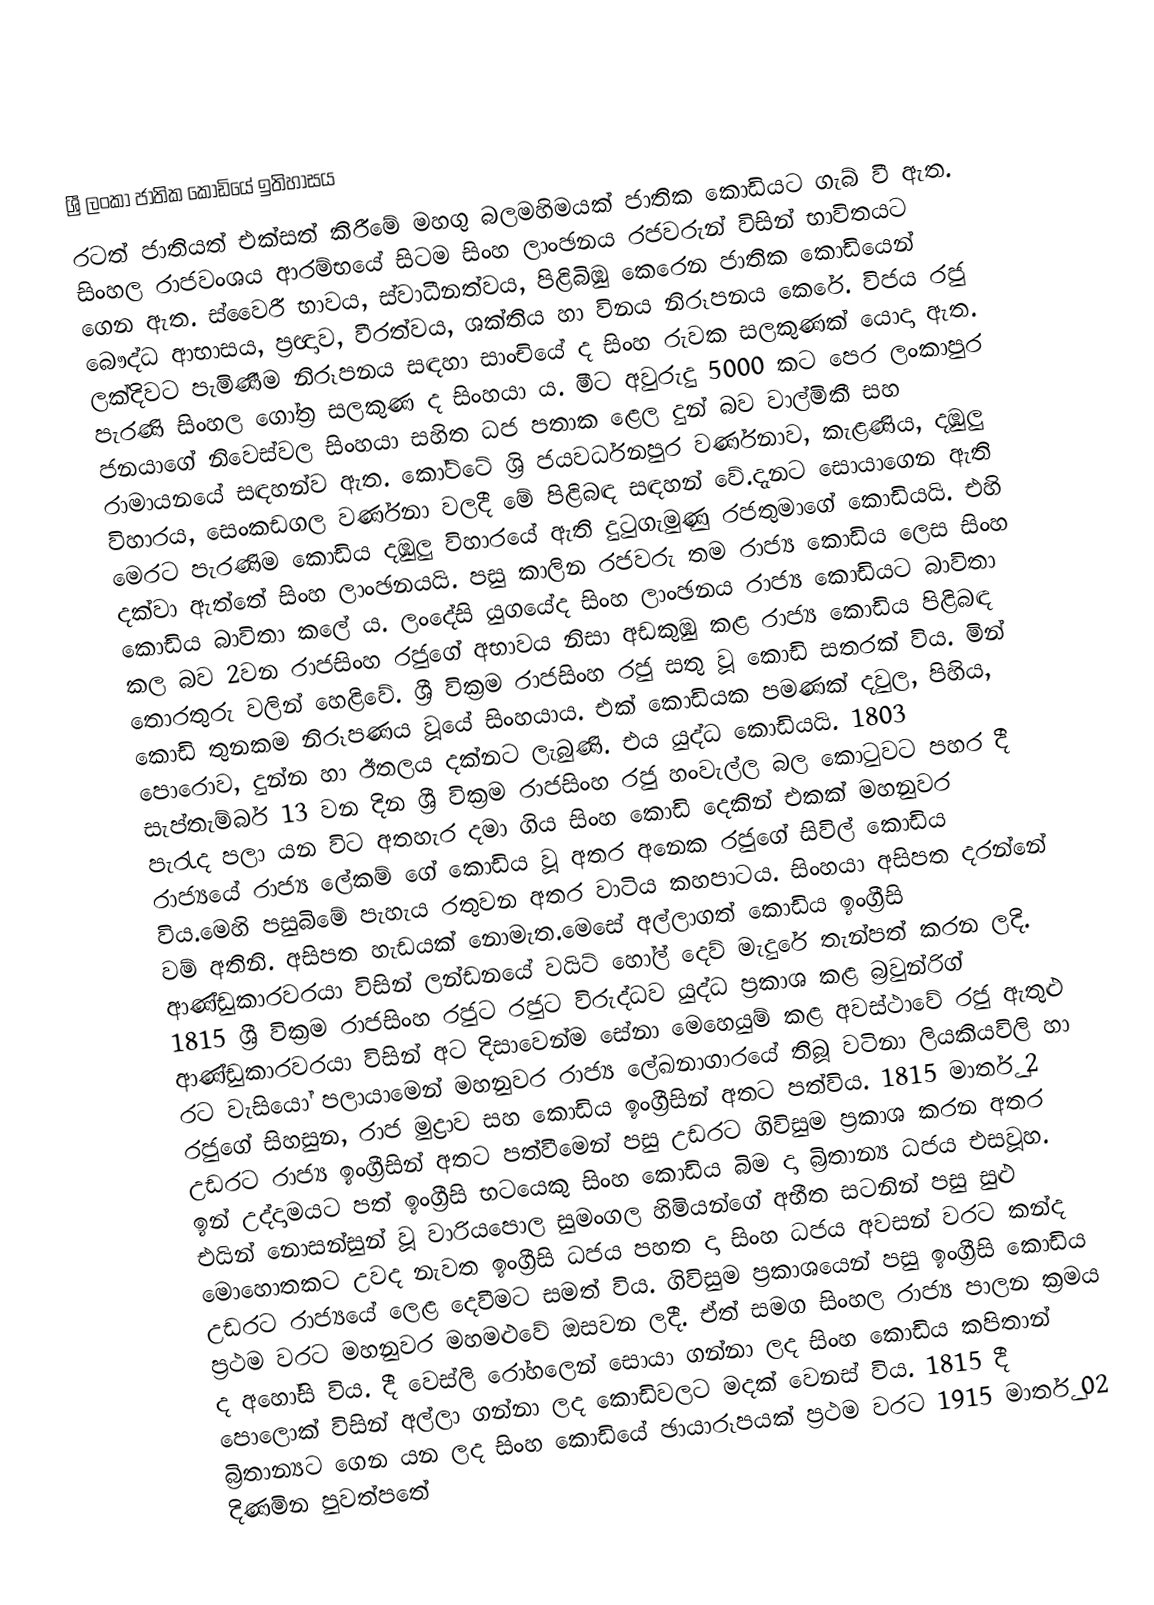

ශ්‍රී ලංකා ජාතික කොඩියේ ඉතිහාසය
රටත් ජාතියත් එක්සත් කිරීමේ මහගු බලමහිමයක් ජාතික කොඩියට ගැබ් වී ඇත. සිංහල රාජවංශය ආරම්භයේ සිටම සිංහ ලාංඡනය රජවරුන් විසින් භාවිතයට ගෙන ඇත. ස්වෛරී භාවය, ස්වාධීනත්වය, පිළිබිඹු කෙරෙන ජාතික කොඩියෙන් බෞද්ධ ආභාසය, ප්‍රඥාව, වීරත්වය, ශක්තිය හා විනය නිරූපනය කෙරේ. විජය රජු ලක්දිවට පැමිණීම නිරූපනය සඳහා සාංචියේ ද සිංහ රුවක සලකුණක් යොදා ඇත. පැරණි සිංහල ගෝත්‍ර සලකුණ ද සිංහයා ය. මීට අවුරුදු 5000 කට පෙර ලංකාපුර ජනයාගේ නිවෙස්වල සිංහයා සහිත ධජ පතාක ළෙල දුන් බව වාල්මිකී සහ රාමායනයේ සඳහන්ව ඇත. කෝට්ටේ ශ්‍රි ජයවර්ධනපුර වර්ණනාව, කැළණිය, දඹුලු විහාරය, සෙංකඩගල වර්ණනා වලදී මේ පිළිබඳ සඳහන් වේ.දැනට සොයාගෙන ඇති මෙරට පැරණිම කොඩිය දඹුලු විහාරයේ ඇති දුටුගැමුණු රජතුමාගේ කොඩියයි.  එහි දක්වා ඇත්තේ සිංහ ලාංඡනයයි. පසු කාලින රජවරු තම රාජ්‍ය කොඩිය ලෙස සිංහ කොඩිය බාවිතා කලේ ය. ලංදේසි යුගයේද සිංහ ලාංඡනය රාජ්‍ය කොඩියට බාවිතා කල බව 2වන රාජසිංහ රජුගේ අභාවය නිසා අඩකුඹු කළ රාජ්‍ය කොඩිය පිළිබඳ තොරතුරු වලින් හෙළිවේ. ශ්‍රී වික්‍රම රාජසිංහ රජු සතු වූ කොඩි සතරක් විය. මින් කොඩි තුනකම නිරූපණය වූයේ සිංහයාය. එක් කොඩියක පමණක් දවුල, පිහිය, පොරොව, දුන්න හා ඊතලය දක්නට ලැබුණි. එය යුද්ධ කොඩියයි. 1803 සැප්තැම්බර් 13 වන දින ශ්‍රී වික්‍රම රාජසිංහ රජු හංවැල්ල බල කොටුවට පහර දී පැරැද පලා යන විට අතහැර දමා ගිය සිංහ කොඩි දෙකින් එකක් මහනුවර රාජ්‍යයේ රාජ්‍ය ලේකම් ගේ කොඩිය වූ අතර අනෙක රජුගේ සිවිල් කොඩිය විය.මෙහි පසුබිමේ පැහැය රතුවන අතර වාටිය කහපාටය. සිංහයා අසිපත දරන්නේ වම් අතිනි. අසිපත හැඩයක් නොමැත.මෙසේ අල්ලාගත් කොඩිය ඉංග්‍රීසි ආණ්ඩුකාරවරයා විසින් ලන්ඩනයේ වයිට් හෝල් දෙව් මැදුරේ තැන්පත් කරන ලදි. 1815 ශ්‍රී වික්‍රම රාජසිංහ රජුට රජුට විරුද්ධව යුද්ධ ප්‍රකාශ කළ බ්‍රවුන්රිග් ආණ්ඩුකාරවරයා විසින් අට දිසාවෙන්ම සේනා මෙහෙයුම් කළ අවස්ථාවේ රජු ඇතුළු රට වැසියෝ පලායාමෙන් මහනුවර රාජ්‍ය ලේඛනාගාරයේ තිබූ වටිනා ලියකියවිලි හා රජුගේ සිහසුන, රාජ මුද්‍රාව සහ කොඩිය ඉංග්‍රීසින් අතට පත්විය. 1815 මාර්තු 2 උඩරට රාජ්‍ය ඉංග්‍රීසින් අතට පත්වීමෙන් පසු උඩරට ගිවිසුම ප්‍රකාශ කරන අතර ඉන් උද්දාමයට පත් ඉංග්‍රීසි භටයෙකු සිංහ කොඩිය බිම දා බ්‍රිතාන්‍ය ධජය එසවූහ. එයින් නොසන්සුන් වූ වාරියපොල සුමංගල හිමියන්ගේ අභීත සටනින් පසු සුළු මොහොතකට උවද නැවත ඉංග්‍රීසි ධජය පහත දා සිංහ ධජය අවසන් වරට කන්ද උඩරට රාජ්‍යයේ ලෙළ දෙවීමට සමත් විය. ගිවිසුම ප්‍රකාශයෙන් පසු ඉංග්‍රීසි කොඩිය ප්‍රථම වරට මහනුවර මහමළුවේ ඔසවන ලදී. ඒත් සමග සිංහල රාජ්‍ය පාලන ක්‍රමය ද අහෝසි විය. දී වෙස්ලි රෝහලෙන් සොයා ගන්නා ලද සිංහ කොඩිය කපිතාන් පොලොක් විසින් අල්ලා ගන්නා ලද කොඩිවලට මදක් වෙනස් විය. 1815 දී බ්‍රිතාන්‍යට ගෙන යන ලද සිංහ කොඩියේ ඡායාරූපයක් ප්‍රථම වරට 1915 මාර්තු 02 දිණමින පුවත්පතේ